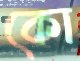
কো